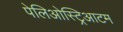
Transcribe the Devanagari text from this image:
पेलिओस्ट्रिआटम